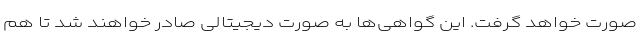
صورت خواهد گرفت. این گواهی‌ها به صورت دیجیتالی صادر خواهند شد تا هم